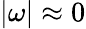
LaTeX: |\omega|\approx 0